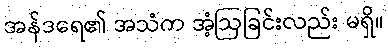
အန်ဒရေ၏ အသံက အံ့ဩခြင်းလည်း မရှိ။